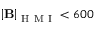
\mathbf { \left| B \right| } _ { \mathrm { ~ H ~ M ~ I ~ } } < 6 0 0